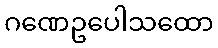
ဂဏေဥပေါသထော